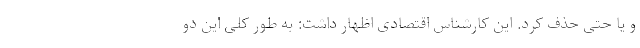
و یا حتی حذف کرد. این کارشناس اقتصادی اظهار داشت: به طور کلی این دو